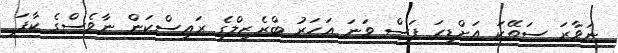
ނަވާރަ ސަތޭކަ އަށްޑިހަ ފަސް ވަނަ އަހަރު ބްރެޒިލްގެ ރައީސްކަން ނާވެސްގެ ކާފަ